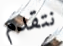
نتقدم